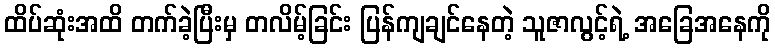
ထိပ်ဆုံးအထိ တက်ခဲ့ပြီးမှ တလိမ့်ခြင်း ပြန်ကျချင်နေတဲ့ သူဇာလွင့်ရဲ့ အခြေအနေကို